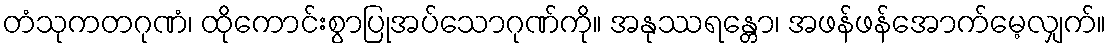
တံသုကတဂုဏံ၊ ထိုကောင်းစွာပြုအပ်သောဂုဏ်ကို။ အနုဿရန္တော၊ အဖန်ဖန်အောက်မေ့လျှက်။